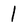
Character: l